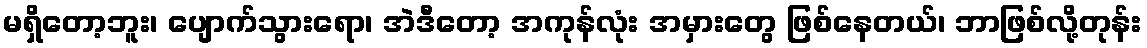
မရှိတော့ဘူး၊ ပျောက်သွားရော၊ အဲဒီတော့ အကုန်လုံး အမှားတွေ ဖြစ်နေတယ်၊ ဘာဖြစ်လို့တုန်း